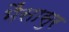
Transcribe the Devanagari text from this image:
भैंसासुर